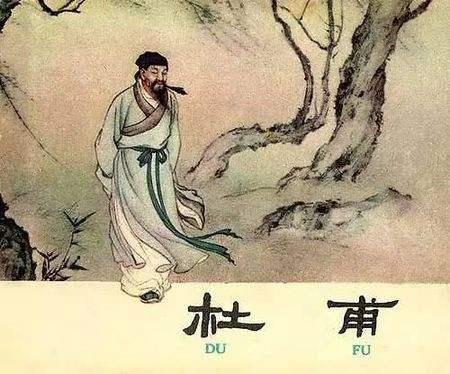
已诉征求贫到骨，正思戎马泪盈巾。